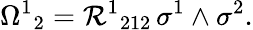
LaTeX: {\Omega^{1}}_{2}={\mathcal{R}^{1}}_{212}\, \sigma^{1}\wedge\sigma^{2}.